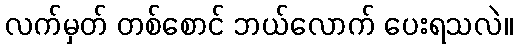
လက်မှတ် တစ်စောင် ဘယ်လောက် ပေးရသလဲ။